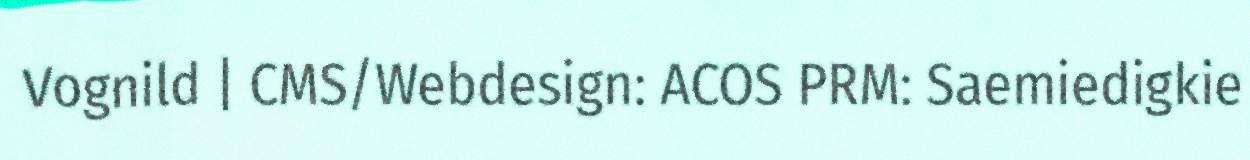
Vognild | CMS/Webdesign: ACOS PRM: Saemiedigkie